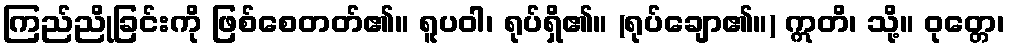
ကြည်ညိုခြင်းကို ဖြစ်စေတတ်၏။ ရူပဝါ၊ ရုပ်ရှိ၏။ (ရုပ်ချော၏။) ဣတိ၊ သို့။ ဝုတ္တေ၊